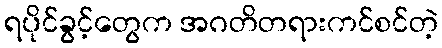
ရပိုင်ခွင့်တွေက အဂတိတရားကင်စင်တဲ့